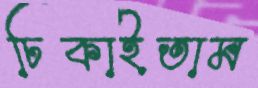
ঢিকাইতাম